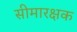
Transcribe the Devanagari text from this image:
सीमारक्षक